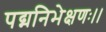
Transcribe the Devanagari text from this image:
पद्मनिभेक्षणः।।